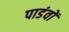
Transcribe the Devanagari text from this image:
पाडंवों